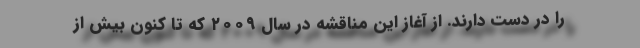
را در دست دارند. از آغاز این مناقشه در سال ۲۰۰۹ که تا کنون بیش از